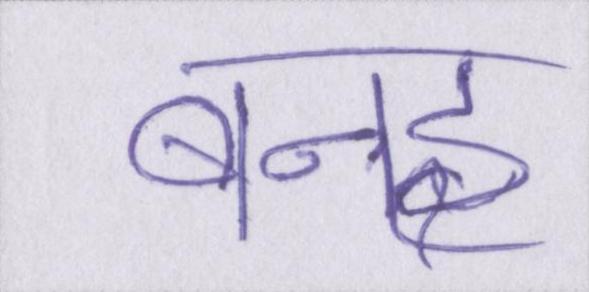
बनइ